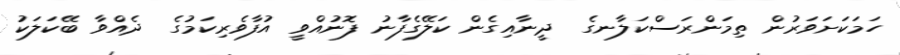
ހަމަކަށަވަރުން ތިމަންރަސްކަލާނގެ  ދީނާއިގެން ކަލޭގެފާނު ފޮނުއްވީ އުފާވެރިކަމުގެ  ދެއްވާ ބޭކަލަކު